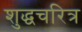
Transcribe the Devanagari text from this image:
शुद्धचरित्र